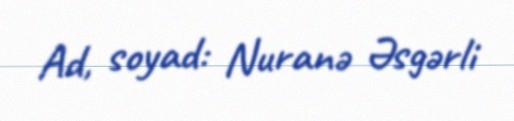
Ad, soyad: Nuranə Əsgərli